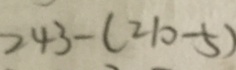
2 4 3 - ( 2 1 0 - 5 )